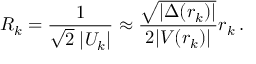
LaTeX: R _ { k } = \frac { 1 } { \sqrt { 2 } \; | U _ { k } | } \approx \frac { \sqrt { | \Delta ( r _ { k } ) | } } { 2 | V ( r _ { k } ) | } r _ { k } \, .